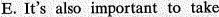
E. It's also important to take